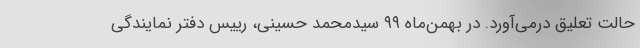
حالت تعلیق درمی‌آورد. در بهمن‌ماه ۹۹ سیدمحمد حسینی، رییس دفتر نمایندگی